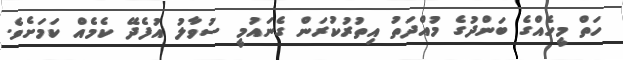
ހަތް މީހެއްގެ ބަންދުގެ މުއްދަތު އިތުރުކުރަން ގެނައުމީ ސުވާލު އުފެދޭ ކެމެއް ކަމަށެވެ.